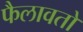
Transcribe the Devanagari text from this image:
फैलावतो